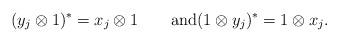
LaTeX: \begin{align*}(y_j\otimes 1)^* = x_j\otimes 1 \qquad\textup{and}(1 \otimes y_j )^* = 1 \otimes x_j.\end{align*}